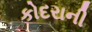
કોદરાની